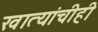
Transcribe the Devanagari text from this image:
खात्यांचीही